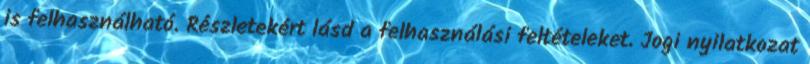
is felhasználható. Részletekért lásd a felhasználási feltételeket. Jogi nyilatkozat